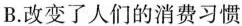
B.改变了人们的消费习惯